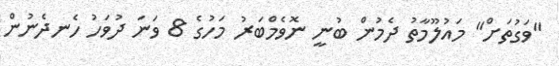
"ވަގުތަށް" މައުލޫމާތު ދެމުން ބުނީ ނޮވެމްބަރު މަހުގެ 8 ވަނަ ދުވަހު ހެނދެނުން